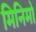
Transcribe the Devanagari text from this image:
मिनिमो